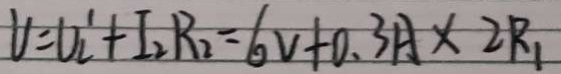
U = U _ { 2 } ^ { \prime } + I _ { 2 } R _ { 2 } = 6 V + 0 . 3 A \times 2 R _ { 1 }